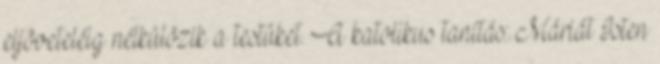
eljöveteléig nélkülözik a testüket. A katolikus tanítás: Máriát Isten